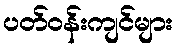
ပတ်ဝန်းကျင်များ